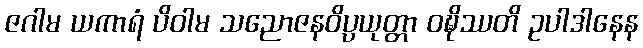
ဇဂါမ ယကာရံ ပိဝါမ သညောဇနဝိပ္ပယုတ္တာ ဝဍ္ဎိဿတိ ဥပါဒါနေန